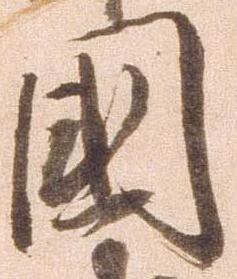
国